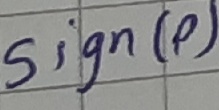
Text: sign(p)